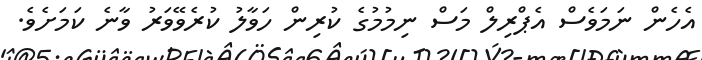
އެހެން ނަމަވެސް އެޕްރިލް މަސް ނިމުމުގެ ކުރިން ހަވާލު ކުރެވޭވަރު ވާނެ ކަމަށެވެ.